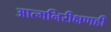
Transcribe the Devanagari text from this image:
आत्मनिरीक्षणही